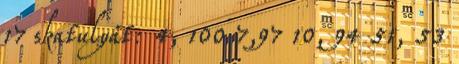
17 skatulyát: 4, 100 7,97 10, 94 51, 53